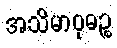
အသိမာဝုဓဉ္စ